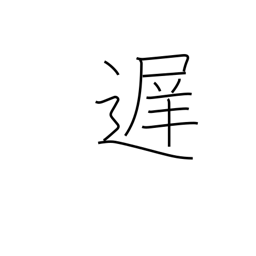
Meaning: late